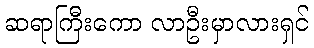
ဆရာကြီးကော လာဦးမှာလားရှင်